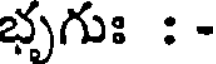
భృగుః : -